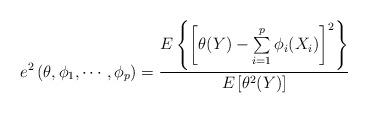
LaTeX: \begin{align*}{e^2}\left( {\theta ,{\phi _1},\cdots,{\phi _p}} \right) = {{E\left\{ {{{\left[ {\theta (Y) - \sum\limits_{i = 1}^p {{\phi _i}({X_i})} } \right]}^2}} \right\}} \over {E\left[ {{\theta ^2}(Y)} \right]}}\end{align*}